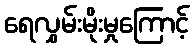
ရေလွှမ်းမိုးမှုကြောင့်